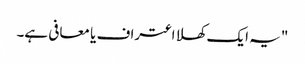
"یہ ایک کھلا اعتراف یا معافی ہے۔